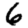
Digit: 6